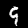
Digit: 9